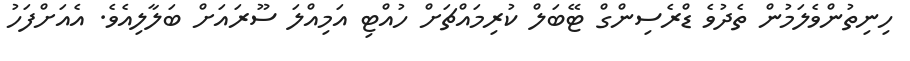
ހިނިތުންވެލަމުން ތެދުވެ ޑްރެސިންގް ޓޭބަލް ކުރިމައްޗަށް ހުއްޓި އަމިއްލަ ސޫރައަށް ބަލާލިއެވެ. އެއަށްފަހު